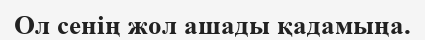
Ол сенің жол ашады қадамыңа.